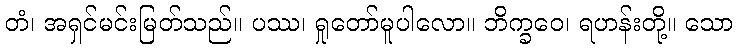
တံ၊ အရှင်မင်းမြတ်သည်။ ပဿ၊ ရှုတော်မူပါလော။ ဘိက္ခဝေ၊ ရဟန်းတို့။ သော